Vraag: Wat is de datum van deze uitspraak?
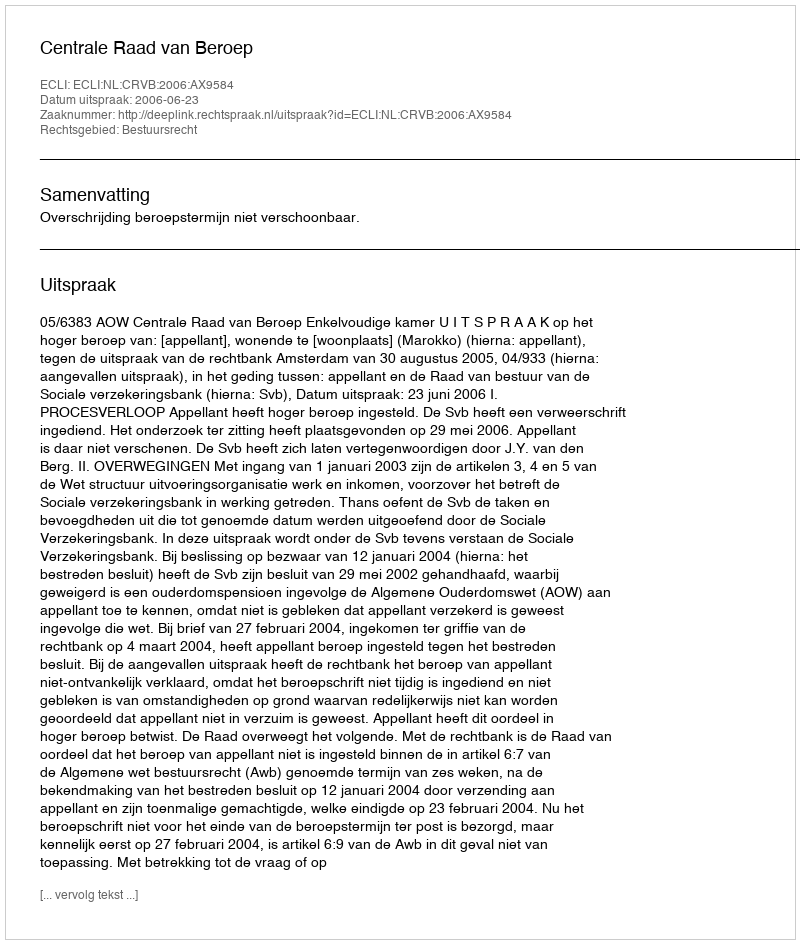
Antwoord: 2006-06-23